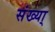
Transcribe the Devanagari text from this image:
संख्या्